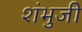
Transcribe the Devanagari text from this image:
शंभुजी